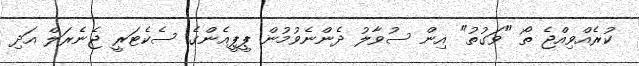
ކުރެއްވިއްޖެ ތޯ "ވަގުތު" އިން ސުވާލު ދެންނެވުމުން ޕީޕީއެންގެ ސެކެޓަރީ ޖެނެރަލް އަދި